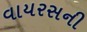
વાયરસની